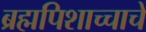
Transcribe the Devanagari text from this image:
ब्रह्मपिशाच्चाचे